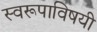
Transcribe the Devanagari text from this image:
स्वरूपाविषयी